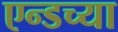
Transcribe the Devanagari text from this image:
एन्डच्या